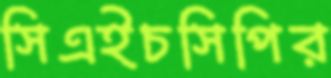
সিএইচসিপির